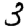
Digit: 3